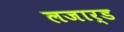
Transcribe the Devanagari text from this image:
लजार्ड